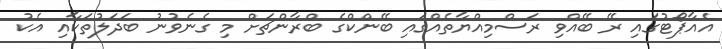
އެއާޕޯޓުގައި ރޭ ބޭއްވި ރަސްމިއްޔާތެއްގައި ބޭންކްގެ ބްރާންޗަށް މި ގެެނެވުނު ބަދަލުތަކާއި އެކު